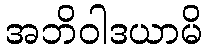
အဘိဝါဒယာမိ